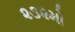
૨૩૨મો